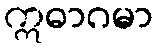
ဣဓာဂမာ